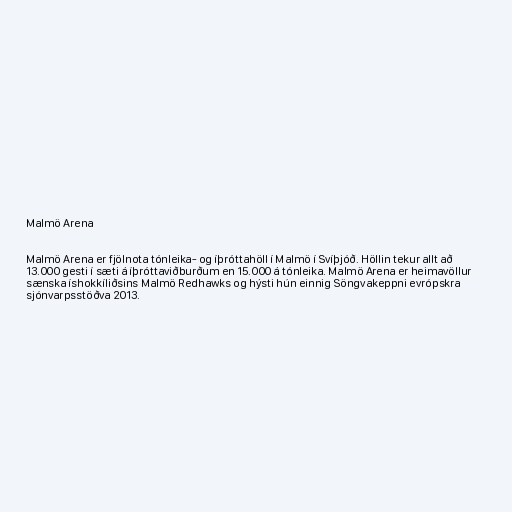
Malmö Arena

Malmö Arena er fjölnota tónleika- og íþróttahöll í Malmö í Svíþjóð. Höllin tekur allt að
13.000 gesti í sæti á íþróttaviðburðum en 15.000 á tónleika. Malmö Arena er heimavöllur
sænska íshokkíliðsins Malmö Redhawks og hýsti hún einnig Söngvakeppni evrópskra
sjónvarpsstöðva 2013.